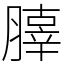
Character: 䐻